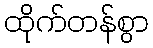
ထိုက်တန်စွာ